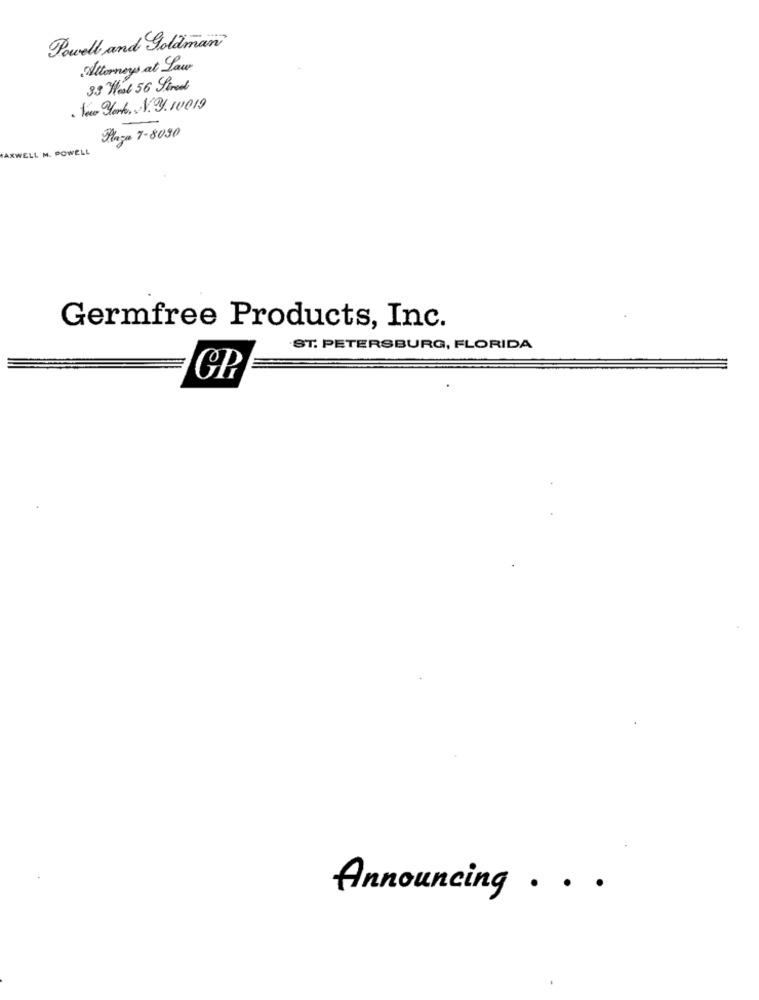
Powell and Goldman
Attorneys at Law
33 Heat 56 Sireal
. New York, N.J. 10019
Haga 1-8090
AXWELL M. POWELL
Germfree Products, Inc.
ST. PETERSBURG, FLORIDA
OP
Announcing . . .